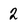
Character: 2